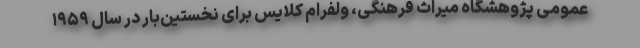
عمومی پژوهشگاه میراث فرهنگی، ولفرام کلایس برای نخستین‌بار در سال ۱۹۵۹